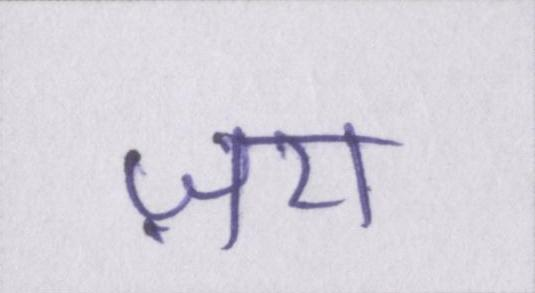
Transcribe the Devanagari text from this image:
ज़रा